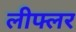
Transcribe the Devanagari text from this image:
लीफ्लर